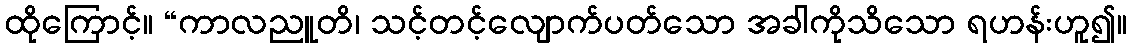
ထိုကြောင့်။ “ကာလညူတိ၊ သင့်တင့်လျောက်ပတ်သော အခါကိုသိသော ရဟန်းဟူ၍။